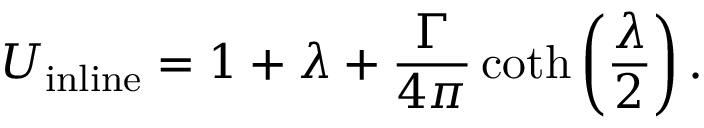
U _ { \mathrm { i n l i n e } } = 1 + \lambda + { \frac { \Gamma } { 4 \pi } } \coth \left( { \frac { \lambda } { 2 } } \right) .